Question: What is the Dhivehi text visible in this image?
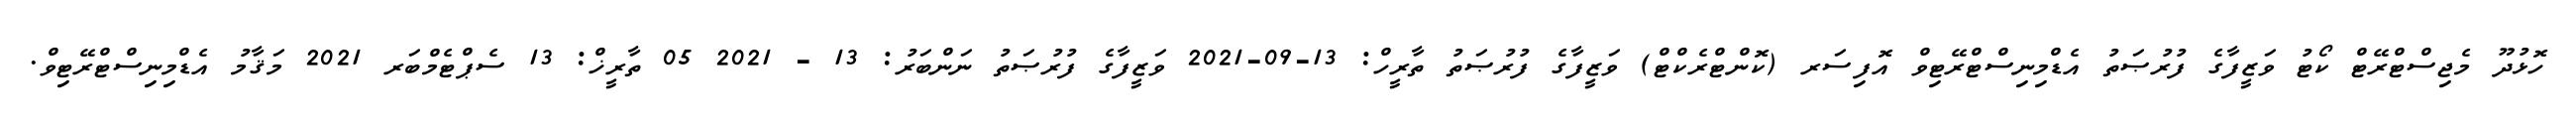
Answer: ހޮޅުދޫ މެޖިސްޓްރޭޓް ކޯޓު ވަޒީފާގެ ފުރުޞަތު އެޑްމިނިސްޓްރޭޓިވް އޮފިސަރ (ކޮންޓްރެކްޓް) ވަޒީފާގެ ފުރުޞަތު ތާރީހް: 13-09-2021 ވަޒީފާގެ ފުރުޞަތު ނަންބަރު: 13 - 2021 05 ތާރީޚް: 13 ސެޕްޓެމްބަރ 2021 މަޤާމު އެޑްމިނިސްޓްރޭޓިވް.